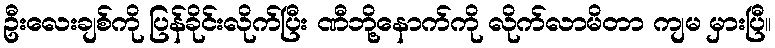
ဦးလေးချစ်ကို ပြန်ခိုင်းလိုက်ပြီး ဏီဘို့နောက်ကို လိုက်လာမိတာ ကျမ မှားပြီ။